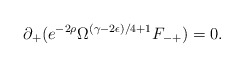
\begin{align*}\partial_+(e^{-2 \rho } \Omega^{(\gamma -2\epsilon)/4 +1} F_{-+})=0.\end{align*}